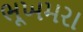
ભૂખમરા